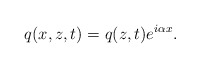
\begin{align*}q(x,z,t) = q(z,t) e^{ i \alpha x}.\end{align*}